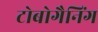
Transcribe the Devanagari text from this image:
टोबोगैनिंग